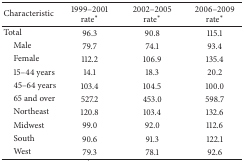
<table><thead><tr><td><b>Characteristic</b></td><td><b>1999–2001rate*</b></td><td><b>2002–2005rate*</b></td><td><b>2006–2009rate*</b></td></tr></thead><tbody><tr><td>Total</td><td>96.3</td><td>90.8</td><td>115.1</td></tr><tr><td> Male</td><td>79.7</td><td>74.1</td><td>93.4</td></tr><tr><td> Female</td><td>112.2</td><td>106.9</td><td>135.4</td></tr><tr><td> 15–44 years</td><td>14.1</td><td>18.3</td><td>20.2</td></tr><tr><td> 45–64 years</td><td>103.4</td><td>104.5</td><td>100.0</td></tr><tr><td> 65 and over</td><td>527.2</td><td>453.0</td><td>598.7</td></tr><tr><td> Northeast</td><td>120.8</td><td>103.4</td><td>132.6</td></tr><tr><td> Midwest</td><td>99.0</td><td>92.0</td><td>112.6</td></tr><tr><td> South</td><td>90.6</td><td>91.3</td><td>122.1</td></tr><tr><td> West</td><td>79.3</td><td>78.1</td><td>92.6</td></tr></tbody></table>